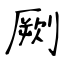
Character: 劂